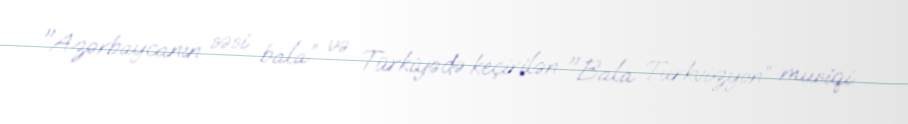
"Azərbaycanın səsi bala” və Türkiyədə keçirilən "Bala Turkvizyon” musiqi